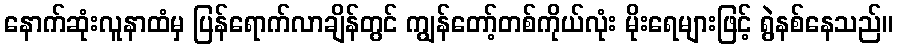
နောက်ဆုံးလူနာထံမှ ပြန်ရောက်လာချိန်တွင် ကျွန်တော့်တစ်ကိုယ်လုံး မိုးရေများဖြင့် ရွဲနစ်နေသည်။